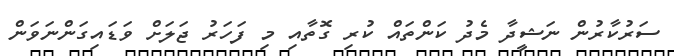
ސަރުކާރުން ނަޝީދާ މެދު ކަންތައް ކުރި ގޮތާއި މި ފަހަރު ޖަލަށް ވަޑައިގަންނަވަން